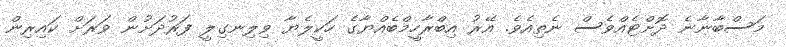
މަސްބާނާނެ ދޮށްޓެއްވެސް ނެތިއެވެ. އޭރު އިބްރާހީމްބެއްޔާގެ ހަކީލެޔާ ވިލިނގިލީ ފަރުދަށުން ވަރަށް ކައިރިން